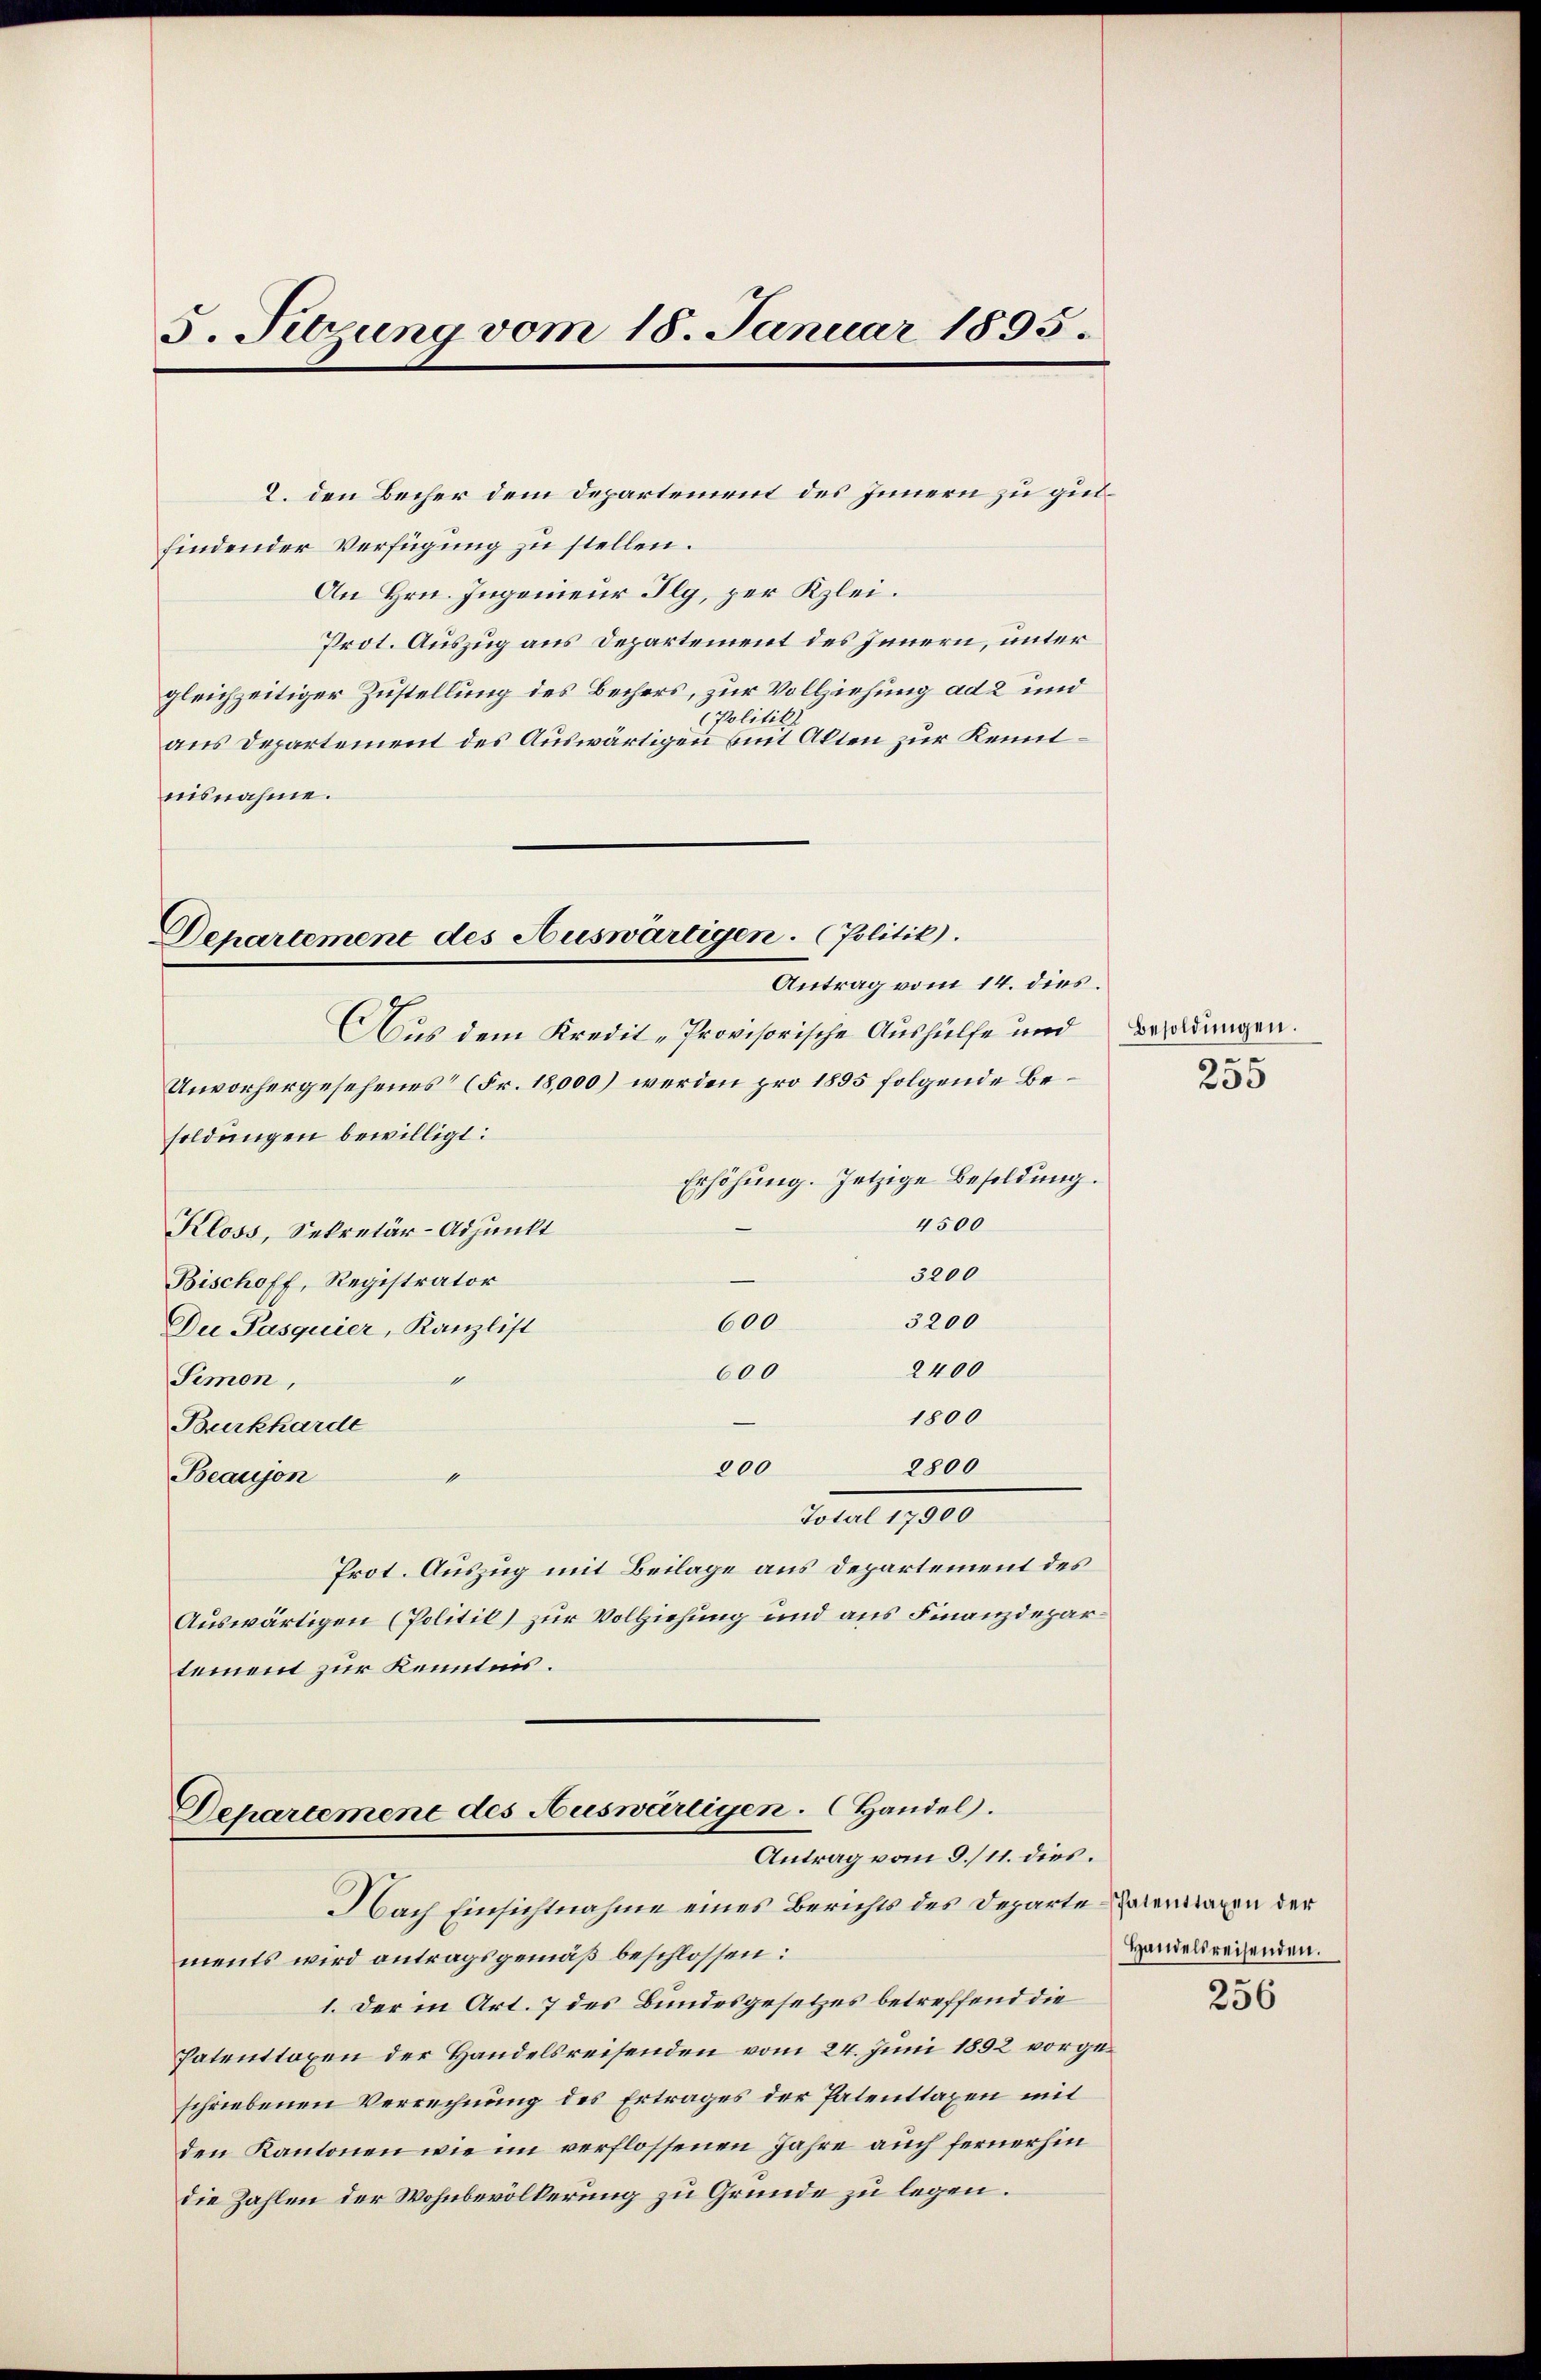
5. Sitzung vom 18. Januar 1895.

2. den Becher dem Departement des Innern zu gutfindender Verfügung zu stellen.
An Hrn. Ingenieur Ilg, per Klei¬
Prot. Auszug aus Departement des Innern, unter
gleichzeitiger Zustellung des Bechers, zur Vollziehung ad 2 und
Politik
aus Departement des Auswärtigen mit Akten zur Kenntnisnahme.

AAus dem Kredit-Provisorische Aushülfe und
Unvorhergesehenes (Fr. 18,000) werden pro 1895 folgende Besoldungen bewilligt:
Erhöhung. Jetzige Besoldung.
4500
Kloss, Sekretär-Adjunkt
3200
Bischoff, Registrator
3200
600
Die Pasquier, Kanzlist
2400
600
Simon,
1800
Burkharde
2800
200
Beaujen"
Total 17900
Prot. Auszug mit Beilage aus Departement des
Auswärtigen (Politil) zur Vollziehung und aus Finanzdepartement zur Kenntnis.

Departement des Auswärtigen. (Politik.
Antrag vom 14. dies.

Departemene des Auswärtigen. Handel.
Antrag vom 9./11. dies.
Nach Einsichtnahme eines Berichts des Departe¬

ments wird antragsgemäß beschlossen:
1. Der in Art. 7 des Bundesgesetzes betreffend die
Patenttaxen der Handelsreisenden vom 24. Juni 1892 vorgeschriebenen Verrechnung des Ertrages der Patenttaxen mit
den Kantonen wie im verflossenen Jahre auch fernerhin
die Zahlen der Wohnbevölkerung zu Grunde zu legen.

Besoldungen.
255

Patenttaxen der
Handelsreisenden.

256